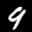
Label: 9